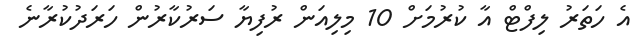
އެ ހަތަރު ލިފްޓް އާ ކުރުމަށް 10 މިލިއަން ރުފިޔާ ސަރުކާރުން ހަރަދުކުރާނެ